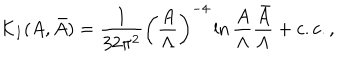
{ \cal K } _ { I } ( A , \bar { A } ) = { \frac { 1 } { 3 2 \pi ^ { 2 } } } \left( { \frac { A } { \Lambda } } \right) ^ { - 4 } \ln { \frac { A } { \Lambda } } { \frac { \bar { A } } { \Lambda } } + c . c . ,